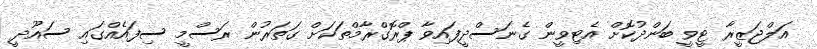
އަލްޖަޒީރާ ޓީވީ ބަންދުކޮށް އެޓިވީން ގެނަސްދީފައިވާ ޕްރޮގްރާމްތަކަށް ގަތަރުން ރަސްމީ ސިފައެއްގައި ސައޫދީ